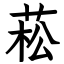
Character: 菘